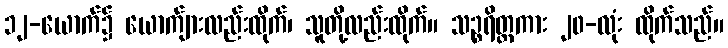
၁၂-ယောက်၌ ယောက်ျားလည်းထိုက်၊ သူတို့လည်းထိုက်။ သဉ္စရိတ္တကား ၂၀-လုံး ထိုက်သည်။